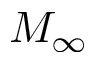
M _ { \infty }